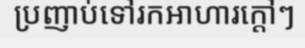
ប្រញាប់ទៅរកអាហារក្តៅៗ